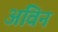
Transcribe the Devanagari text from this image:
अविन